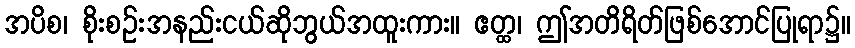
အပိစ၊ စိုးစဉ်းအနည်းငယ်ဆိုဘွယ်အထူးကား။ ဧတ္ထ၊ ဤအတိရိတ်ဖြစ်အောင်ပြုရာ၌။